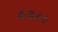
૯૩૮૯